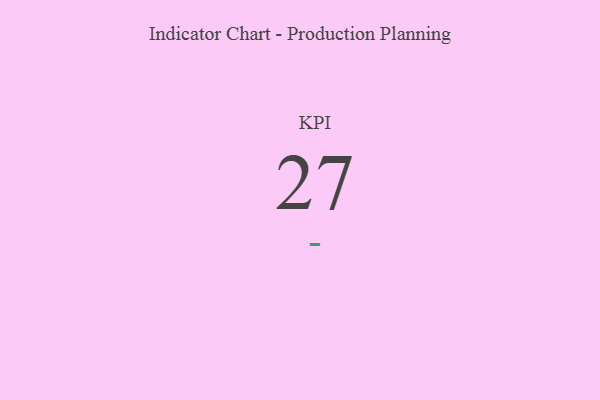
{"axis": {"x": "KPI", "y": "Value"}, "legend": [""], "data": [{"x": "KPI", "y": 27, "type": ""}]}